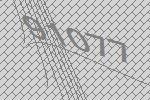
91077